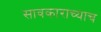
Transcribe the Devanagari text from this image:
सावकाराच्याच